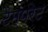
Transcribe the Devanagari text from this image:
टैम्परेट